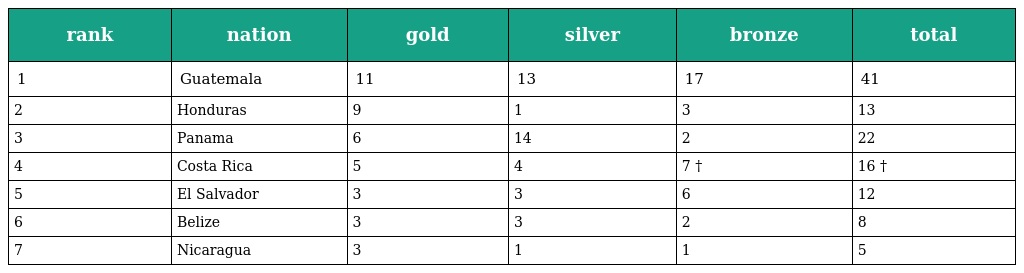
| rank | nation | gold | silver | bronze | total |
 | --- | --- | --- | --- | --- | --- |
 | 1 | Guatemala | 11 | 13 | 17 | 41 |
 | 2 | Honduras | 9 | 1 | 3 | 13 |
 | 3 | Panama | 6 | 14 | 2 | 22 |
 | 4 | Costa Rica | 5 | 4 | 7 † | 16 † |
 | 5 | El Salvador | 3 | 3 | 6 | 12 |
 | 6 | Belize | 3 | 3 | 2 | 8 |
 | 7 | Nicaragua | 3 | 1 | 1 | 5 |